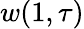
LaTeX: w(1,\tau)